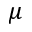
\mu